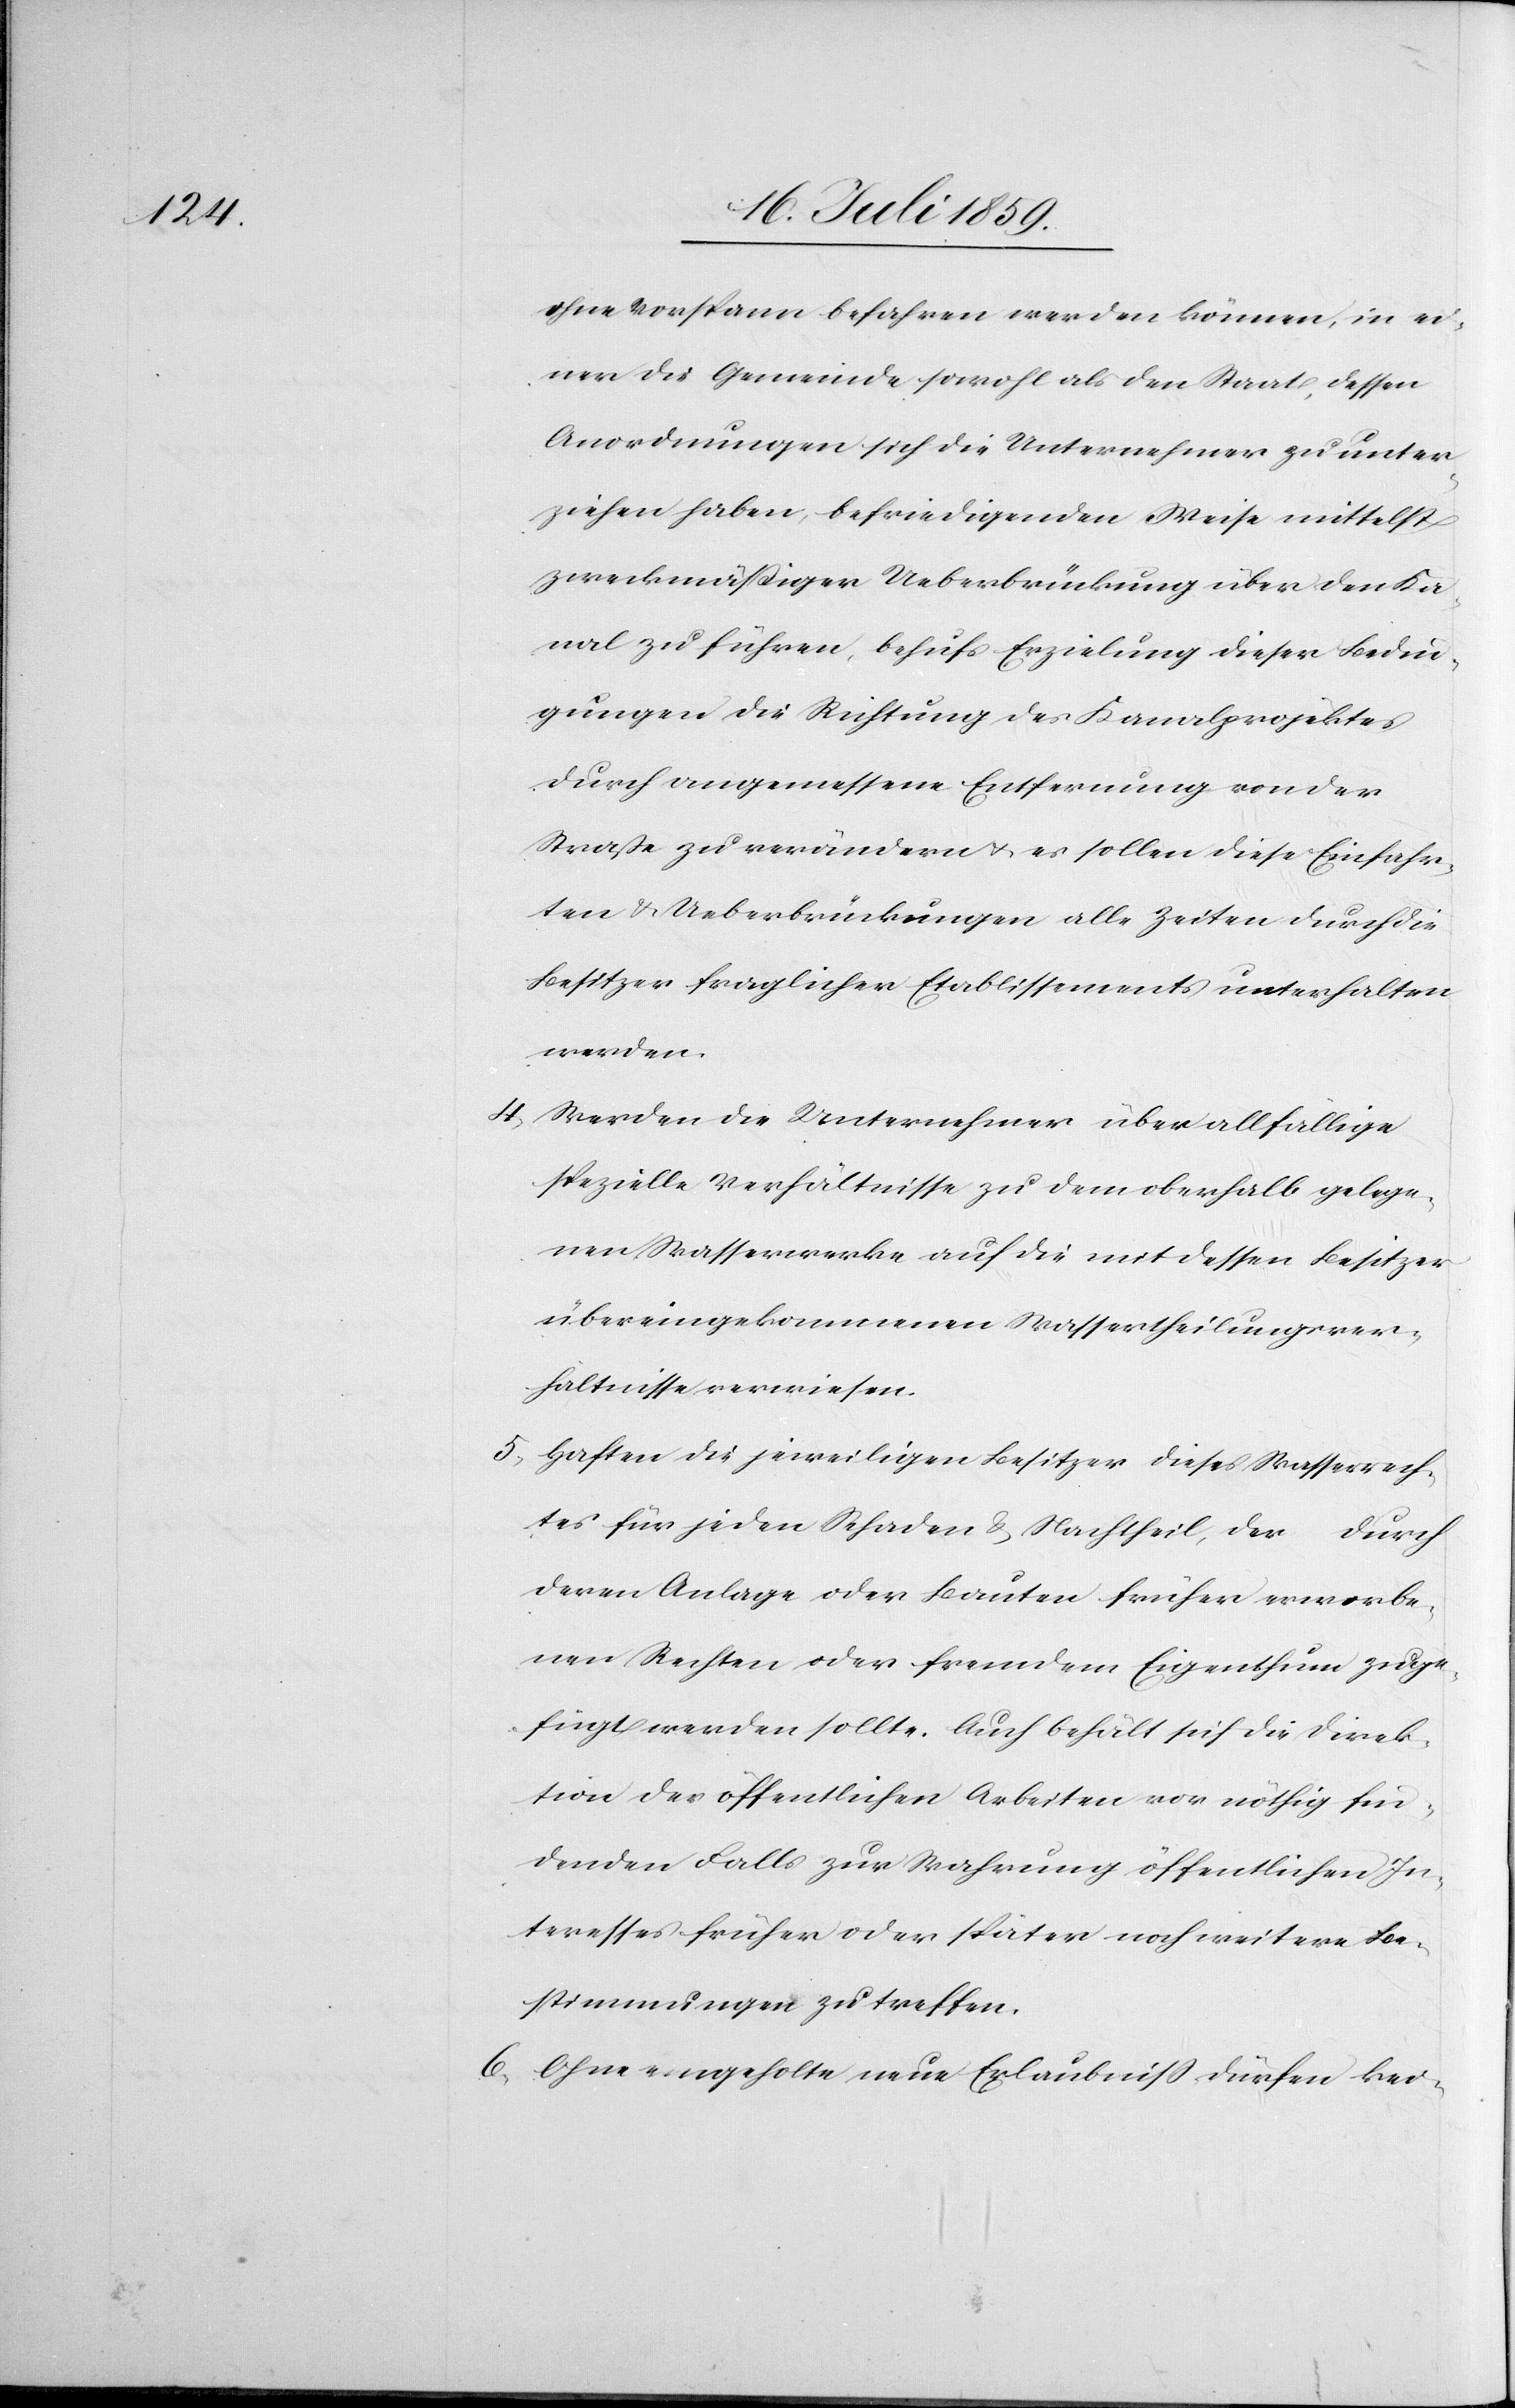
ohne Vorspann befahren werden können, in ei¬
ner die Gemeinde sowohl als den Staat, dessen
Anordnungen sich die Unternehmer zu unter¬
ziehen haben, befriedigenden Weise mittelst
zweckmäßiger Ueberbrückung über den Ka¬
nal zu führen, behufs Erzielung dieser Bedin¬
gungen die Richtung des Kanalprojektes
durch angemessene Entfernung von der
Straße zu verändern u. es sollen diese Einfahr¬
ten u. Ueberbrückungen alle Zeiten durch die
Besitzer fraglicher Etablissements unterhalten
werden.
4. Werden die Unternehmer über allfällige
spezielle Verhältnisse zu dem oberhalb gelege¬
nen Wasserwerke auf die mit dessen Besitzer
übereingekommenen Wassertheilungsver¬
hältnisse verwiesen.
5. Haften die jeweiligen Besitzer dieses Wasserrech¬
tes für jeden Schaden u. Nachtheil, der durch
deren Anlage oder Bauten früher erworbe¬
nen Rechten oder fremdem Eigenthum zuge¬
fügt werden sollte. Auch behält sich die Direk¬
tion der öffentlichen Arbeiten vor nöthig fin¬
denden Falls zur Wahrung öffentlichen In¬
teressen früher oder später noch weitere Be¬
stimmungen zu treffen.
6. Ohne eingeholte neue Erlaubniß dürfen kei-